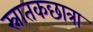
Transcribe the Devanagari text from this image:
स्नातकछात्रा